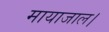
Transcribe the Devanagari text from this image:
मायाजाल।